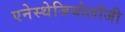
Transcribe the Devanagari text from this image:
एनेस्थेजियोलॉजी